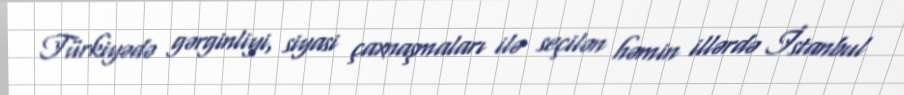
Türkiyədə gərginliyi, siyasi çaxnaşmaları ilə seçilən həmin illərdə İstanbul